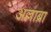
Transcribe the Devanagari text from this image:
अल्लाब्रा